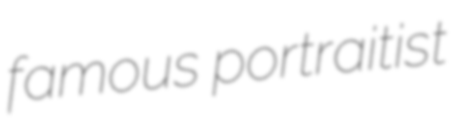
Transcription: famous portraitist